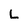
Character: L